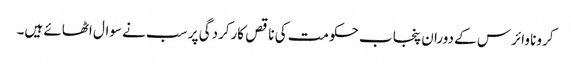
کرونا وائرس کے دوران پنجاب حکومت کی ناقص کارکردگی پر سب نے سوال اٹھائے ہیں۔